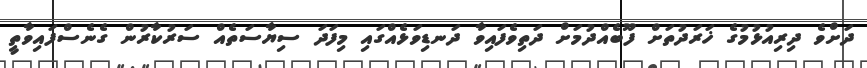
ދަށްވެ ދިރިއުޅުމުގެ ޚަރަދުތަށް ފޫބެއްދުމަށް ދަތިވެފައިވާ ދަނޑިވަޅެއްގައި މިފަދަ ސިޔާސަތެއް ސަރުކާރުން ގެނެސްފައިވާތީ